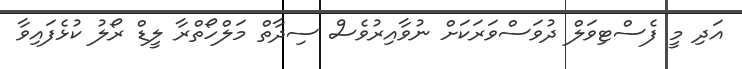
އަދި މީ ފެސްޓިވަލް ދުވަސްވަރަކަށް ނުވާއިރުވެސް ސިދާތް މަލްހޯތްރާ ލީޑް ރޯލު ކުޅެފައިވާ